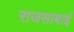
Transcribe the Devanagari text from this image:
राजसाबाई